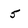
Character: 5